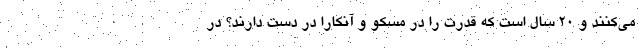
می‌کنند و 20 سال است که قدرت را در مسکو و آنکارا در دست دارند؟ در